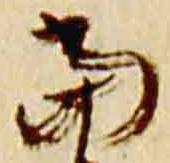
当